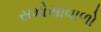
સમોસાવાળો